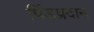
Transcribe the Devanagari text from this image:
पिंडप्रदान